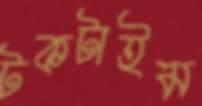
টকটাইম